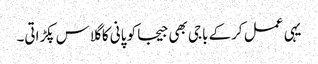
یہی عمل کرکے باجی بھی جیجا کو پانی کا گلاس پکڑاتی۔